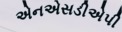
એનએસડીએપી